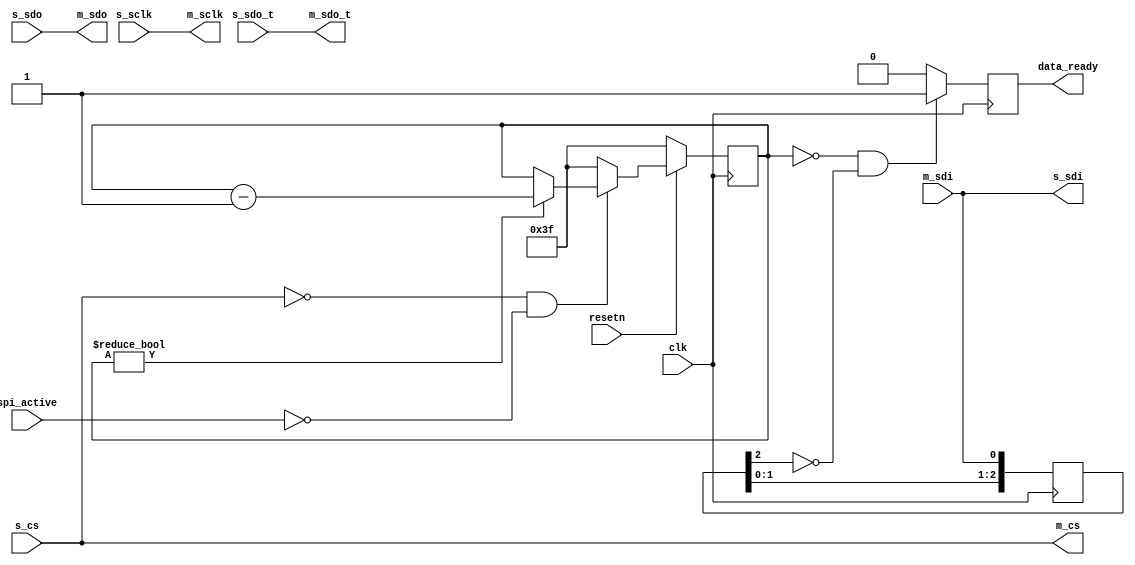
module util_sigma_delta_spi (
	input clk,
	input resetn,

	input spi_active,

	input s_sclk,
	input s_sdo,
	input s_sdo_t,
	output s_sdi,
	input [NUM_CS-1:0] s_cs,

	output m_sclk,
	output m_sdo,
	output m_sdo_t,
	input m_sdi,
	output [NUM_CS-1:0] m_cs,

	output reg data_ready
);

parameter NUM_CS = 1;
parameter CS_PIN = 0;
parameter IDLE_TIMEOUT = 63;

/*
 * For converters from the ADI SigmaDelta family the data ready interrupt signal
 * uses the same physical wire as the the DOUT signal for the SPI bus. This
 * module extracts the data ready signal from the SPI bus and makes sure to
 * suppress false positives. The data ready signal is indicated by the converter
 * by pulling DOUT low. This will only happen if the CS pin for the converter is
 * low and no SPI transfer is active. There is a small delay between the end of
 * the SPI transfer and the point where the converter starts to indicate the
 * data ready signal. IDLE_TIMEOUT allows to specify the amount of clock cycles
 * the bus needs to be idle before the data ready signal is detected.
 */

assign m_sclk = s_sclk;
assign m_sdo = s_sdo;
assign m_sdo_t = s_sdo_t;
assign s_sdi = m_sdi;
assign m_cs = s_cs;

reg [$clog2(IDLE_TIMEOUT)-1:0] counter = IDLE_TIMEOUT;
reg [2:0] sdi_d = 'h00;

always @(posedge clk) begin
	if (resetn == 1'b0) begin
		counter <= IDLE_TIMEOUT;
	end else begin
		if (s_cs[CS_PIN] == 1'b0 && spi_active == 1'b0) begin
			if (counter != 'h00)
				counter <= counter - 1'b1;
		end else begin
			counter <= IDLE_TIMEOUT;
		end
	end
end

always @(posedge clk) begin
	/* The data ready signal is fully asynchronous */
	sdi_d <= {sdi_d[1:0], m_sdi};
end

always @(posedge clk) begin
	if (counter == 'h00 && sdi_d[2] == 1'b0) begin
		data_ready <= 1'b1;
	end else begin
		data_ready <= 1'b0;
	end
end

endmodule